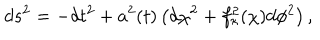
LaTeX: d s ^ { 2 } = - d t ^ { 2 } + a ^ { 2 } ( t ) \left( d \chi ^ { 2 } + f _ { \kappa } ^ { 2 } ( \chi ) d \phi ^ { 2 } \right) ,